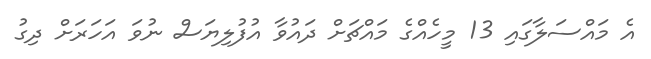
އެ މައްސަލާގައި 13 މީހެއްގެ މައްޗަށް ދައުވާ އުފުލިޔަސް ނުވަ އަހަރަށް ދިގު